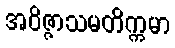
အဝိဇ္ဇာသမတိက္ကမာ